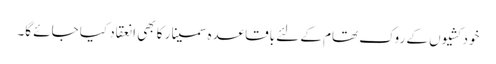
خودکشیوں کے روک تھام کے لئے باقاعدہ سمینار کا بھی انعقاد کیا جائے گا۔